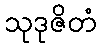
သုဒုဇိတံ